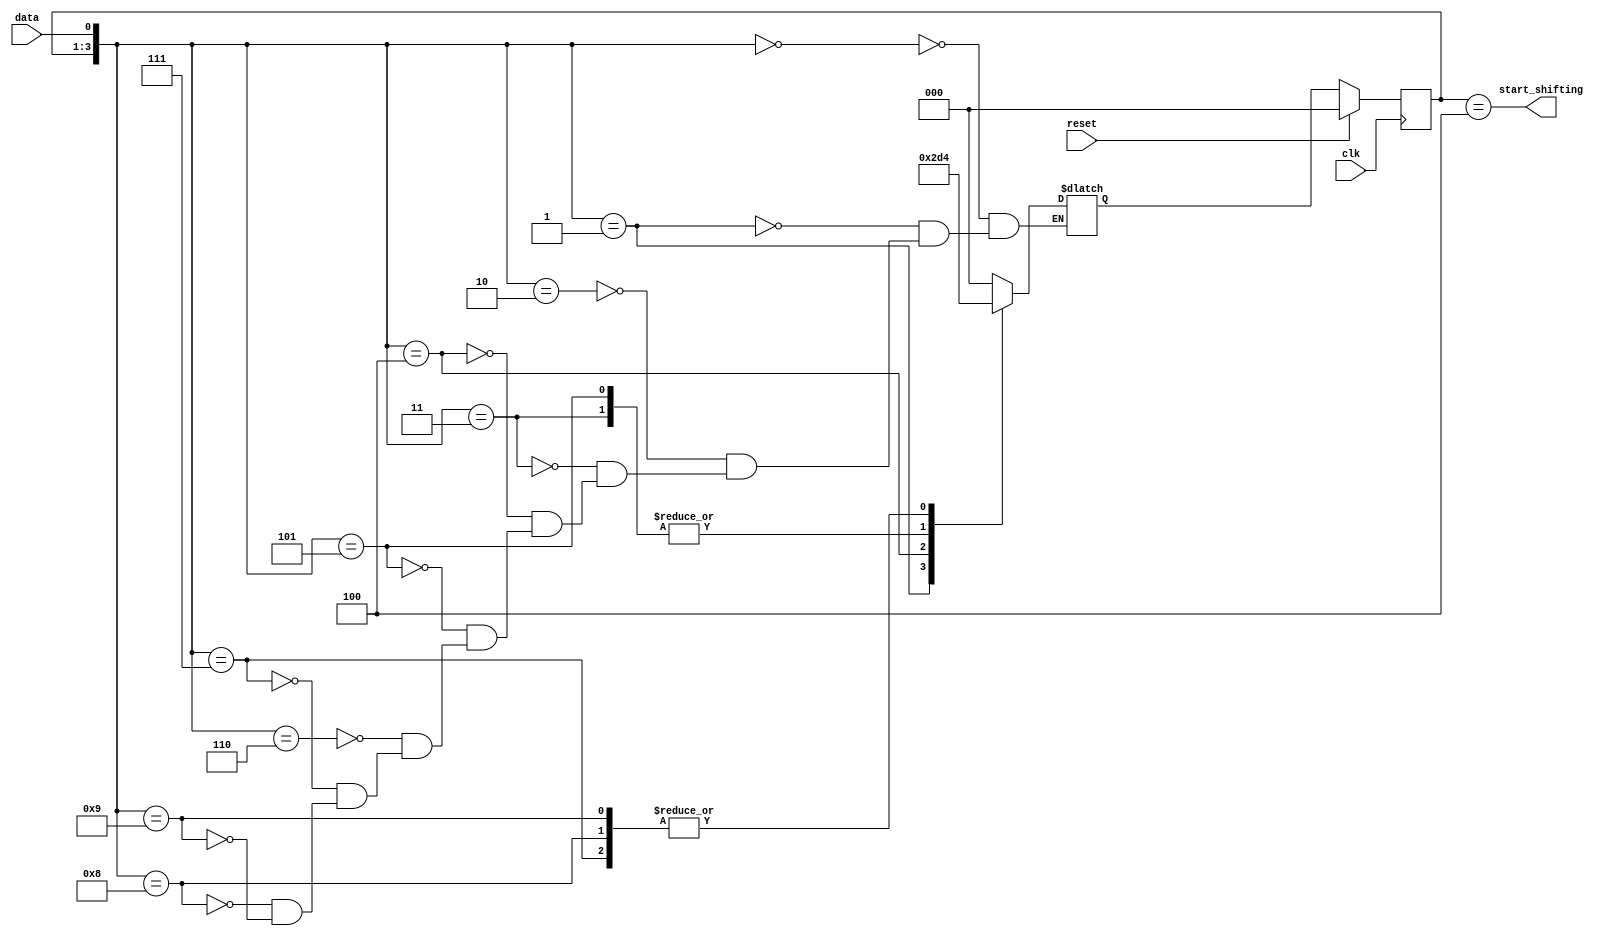
module top_module (
    input clk,
    input reset,      // Synchronous reset
    input data,
    output start_shifting);

    parameter idle=3'd0, s1=3'd1, s11=3'd2, s110=3'd3, s1101=3'd4;
    reg	[2:0]	state, next_state;
    
    always@(*) begin
        case({state, data})
            {idle, 1'b0}:	next_state = idle;
            {idle, 1'b1}:	next_state = s1;
            {s1, 1'b0}:		next_state = idle;
            {s1, 1'b1}:		next_state = s11;
            {s11, 1'b0}:	next_state = s110;
            {s11, 1'b1}:	next_state = s11;
            {s110, 1'b0}:	next_state = idle;
            {s110, 1'b1}:	next_state = s1101;
            {s1101, 1'b0}:	next_state = s1101;
            {s1101, 1'b1}:	next_state = s1101;
        endcase
    end
    
    always@(posedge clk) begin
        if(reset)
            state <= idle;
        else
            state <= next_state;
    end
    
    assign	start_shifting = (state == s1101);
    
endmodule